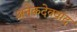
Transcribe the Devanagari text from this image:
अनेकदेववाद